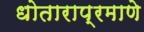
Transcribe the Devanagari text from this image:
धोताराप्रमाणे